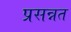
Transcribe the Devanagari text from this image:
प्रसन्नत